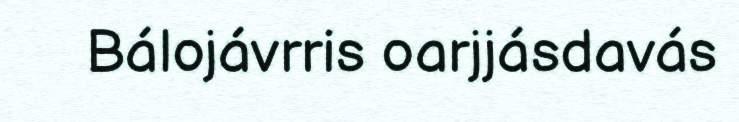
Bálojávrris oarjjásdavás